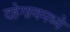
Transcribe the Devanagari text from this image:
दहेगावमध्ये